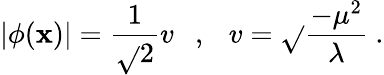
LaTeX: |\phi(\mathbf{x})|=\frac{{1}}{{\sqrt{}{{2}}}}v\ \ \ ,\ \ \ v=\sqrt{}{{\frac{{-\mu^{2}}}{{\lambda}}}}\ .